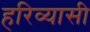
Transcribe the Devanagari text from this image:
हरिव्यासी